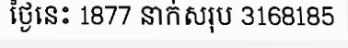
ថ្ងៃនេះ 1877 នាក់សរុប 3168185